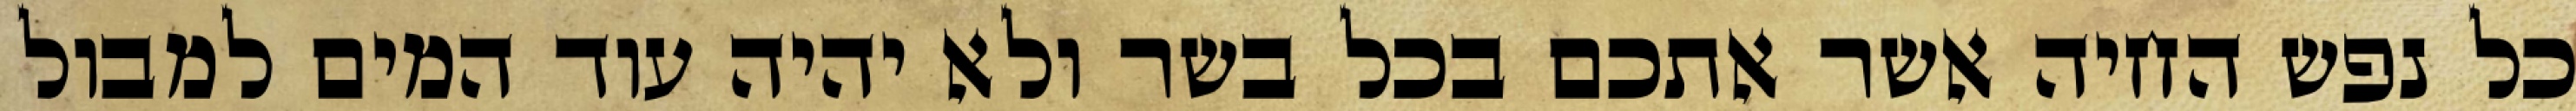
כל נפש החיה אשר אתכם בכל בשר ולא יהיה עוד המים למבול